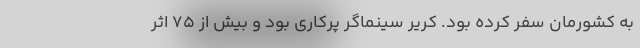
به کشورمان سفر کرده بود. کریر سینماگر پرکاری بود و بیش از ۷۵ اثر